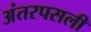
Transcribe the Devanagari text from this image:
अंतरपसली